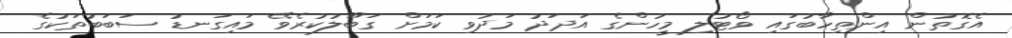
އެގޮތުން އިންތިހާބުގައި ވޯޓުލި މީހުންގެ އަދަދު މަދުވި ކަމަށް ގަބޫލުކުރެވޭ މައިގަނޑު ސަބަބުތަކުގެ